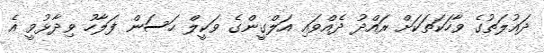
ދައުލަތުގެ ވާހަކަތަކަށް ރައްދު ދެއްވައި އަލްގީންގެ ވަކީލް ހަސަން ފަލާހު ވިދާޅުވީ އެ